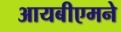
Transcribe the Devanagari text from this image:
आयबीएमने